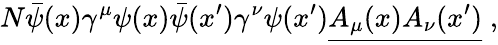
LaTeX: N{\bar{\psi}}(x)\gamma^{\mu}\psi(x){\bar{\psi}}(x^{\prime})\gamma^{\nu}\psi(x^{\prime}){\underline{{A_{\mu}(x)A_{\nu}(x^{\prime})}}}\; ,